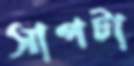
সাপটা